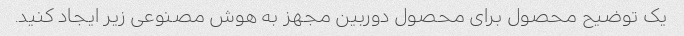
یک توضیح محصول برای محصول دوربین مجهز به هوش مصنوعی زیر ایجاد کنید.